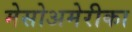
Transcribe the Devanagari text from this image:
मेसोअमेरीका